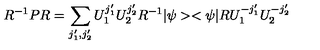
R ^ { - 1 } P R = \sum _ { j _ { 1 } ^ { \prime } , j _ { 2 } ^ { \prime } } U _ { 1 } ^ { j _ { 1 } ^ { \prime } } U _ { 2 } ^ { j _ { 2 } ^ { \prime } } R ^ { - 1 } | \psi > < \psi | R U _ { 1 } ^ { - j _ { 1 } ^ { \prime } } U _ { 2 } ^ { - j _ { 2 } ^ { \prime } }